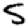
Digit: 5